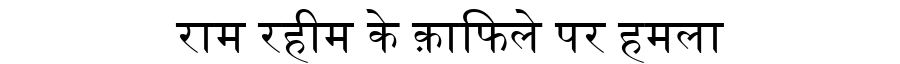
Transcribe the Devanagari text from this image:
राम रहीम के क़ाफिले पर हमला